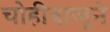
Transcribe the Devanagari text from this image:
चोहीबाजूने